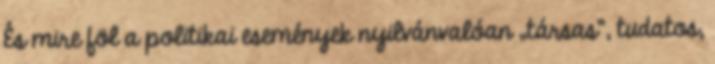
És mire föl a politikai események nyil­vánvalóan „társas”, tudatos,